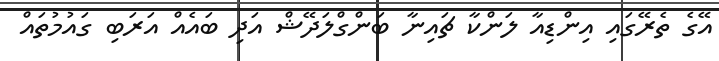
އޭގެ ތެރޭގައި އިންޑިއާ ލަންކާ ޗައިނާ ބަންގްލަދޭޝް އަދި ބައެއް އަރަބި ގައުމުތައް